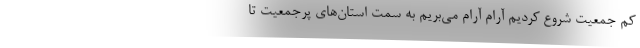
کم جمعیت شروع کردیم آرام آرام می‌بریم به سمت استان‌های پرجمعیت تا